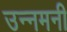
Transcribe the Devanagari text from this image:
उन्नमनी